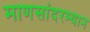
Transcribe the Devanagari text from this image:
माणसांदरम्यान